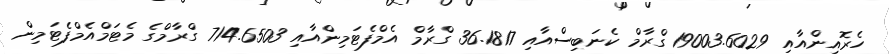
ހެރޮއިންއާއި 19003.6029 ގްރާމް ކެނަބިސްއާއި 36.1817 ގްރާމް އެމްފެޓަމިންއާއި 714.6503 ގްރާމްގެ މެޓަމްއެމްފެޓަމިން